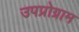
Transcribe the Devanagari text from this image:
उपप्रोग्राम